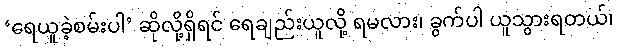
‘ရေယူခဲ့စမ်းပါ’ ဆိုလို့ရှိရင် ရေချည်းယူလို့ ရမလား၊ ခွက်ပါ ယူသွားရတယ်၊